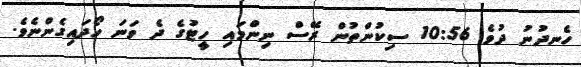
ހެނދުނު ދުވެ 10:56 ސިކުންތުން ރޭސް ނިންމައި ހީޓުގެ ދެ ވަނަ ހޯދައިގެންނެވެ.